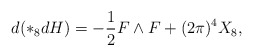
\begin{align*}d( \ast_{8} d H) = - \frac{1}{2} F \wedge F + (2 \pi)^4 X_{8}, \end{align*}